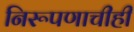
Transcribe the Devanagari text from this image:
निरूपणाचीही